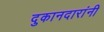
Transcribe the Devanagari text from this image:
दुकानदारांनी